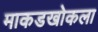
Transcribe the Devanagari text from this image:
माकडखोकला